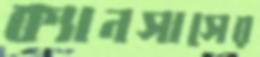
ক্যানসাসের